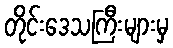
တိုင်းဒေသကြီးများမှ